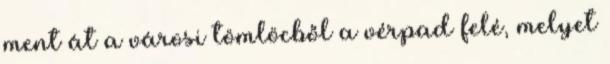
ment át a városi tömlöcből a vérpad felé, melyet